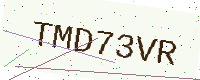
Text: TMD73VR